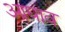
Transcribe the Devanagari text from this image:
आघाव